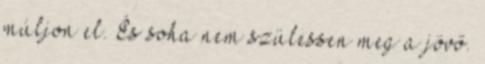
múljon el. És soha nem szülessen meg a jövő.